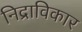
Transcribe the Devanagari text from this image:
निद्राविकार